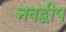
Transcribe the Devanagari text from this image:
नवद्बीप